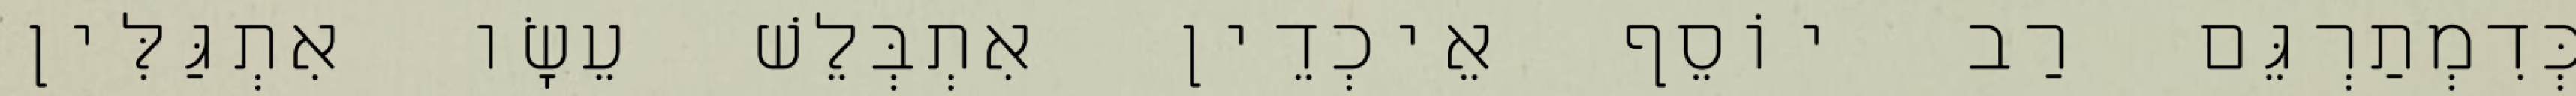
כְּדִמְתַרְגֵּם רַב יוֹסֵף אֵיכְדֵין אִתְבְּלֵשׁ עֵשָׂו אִתְגַּלִּין